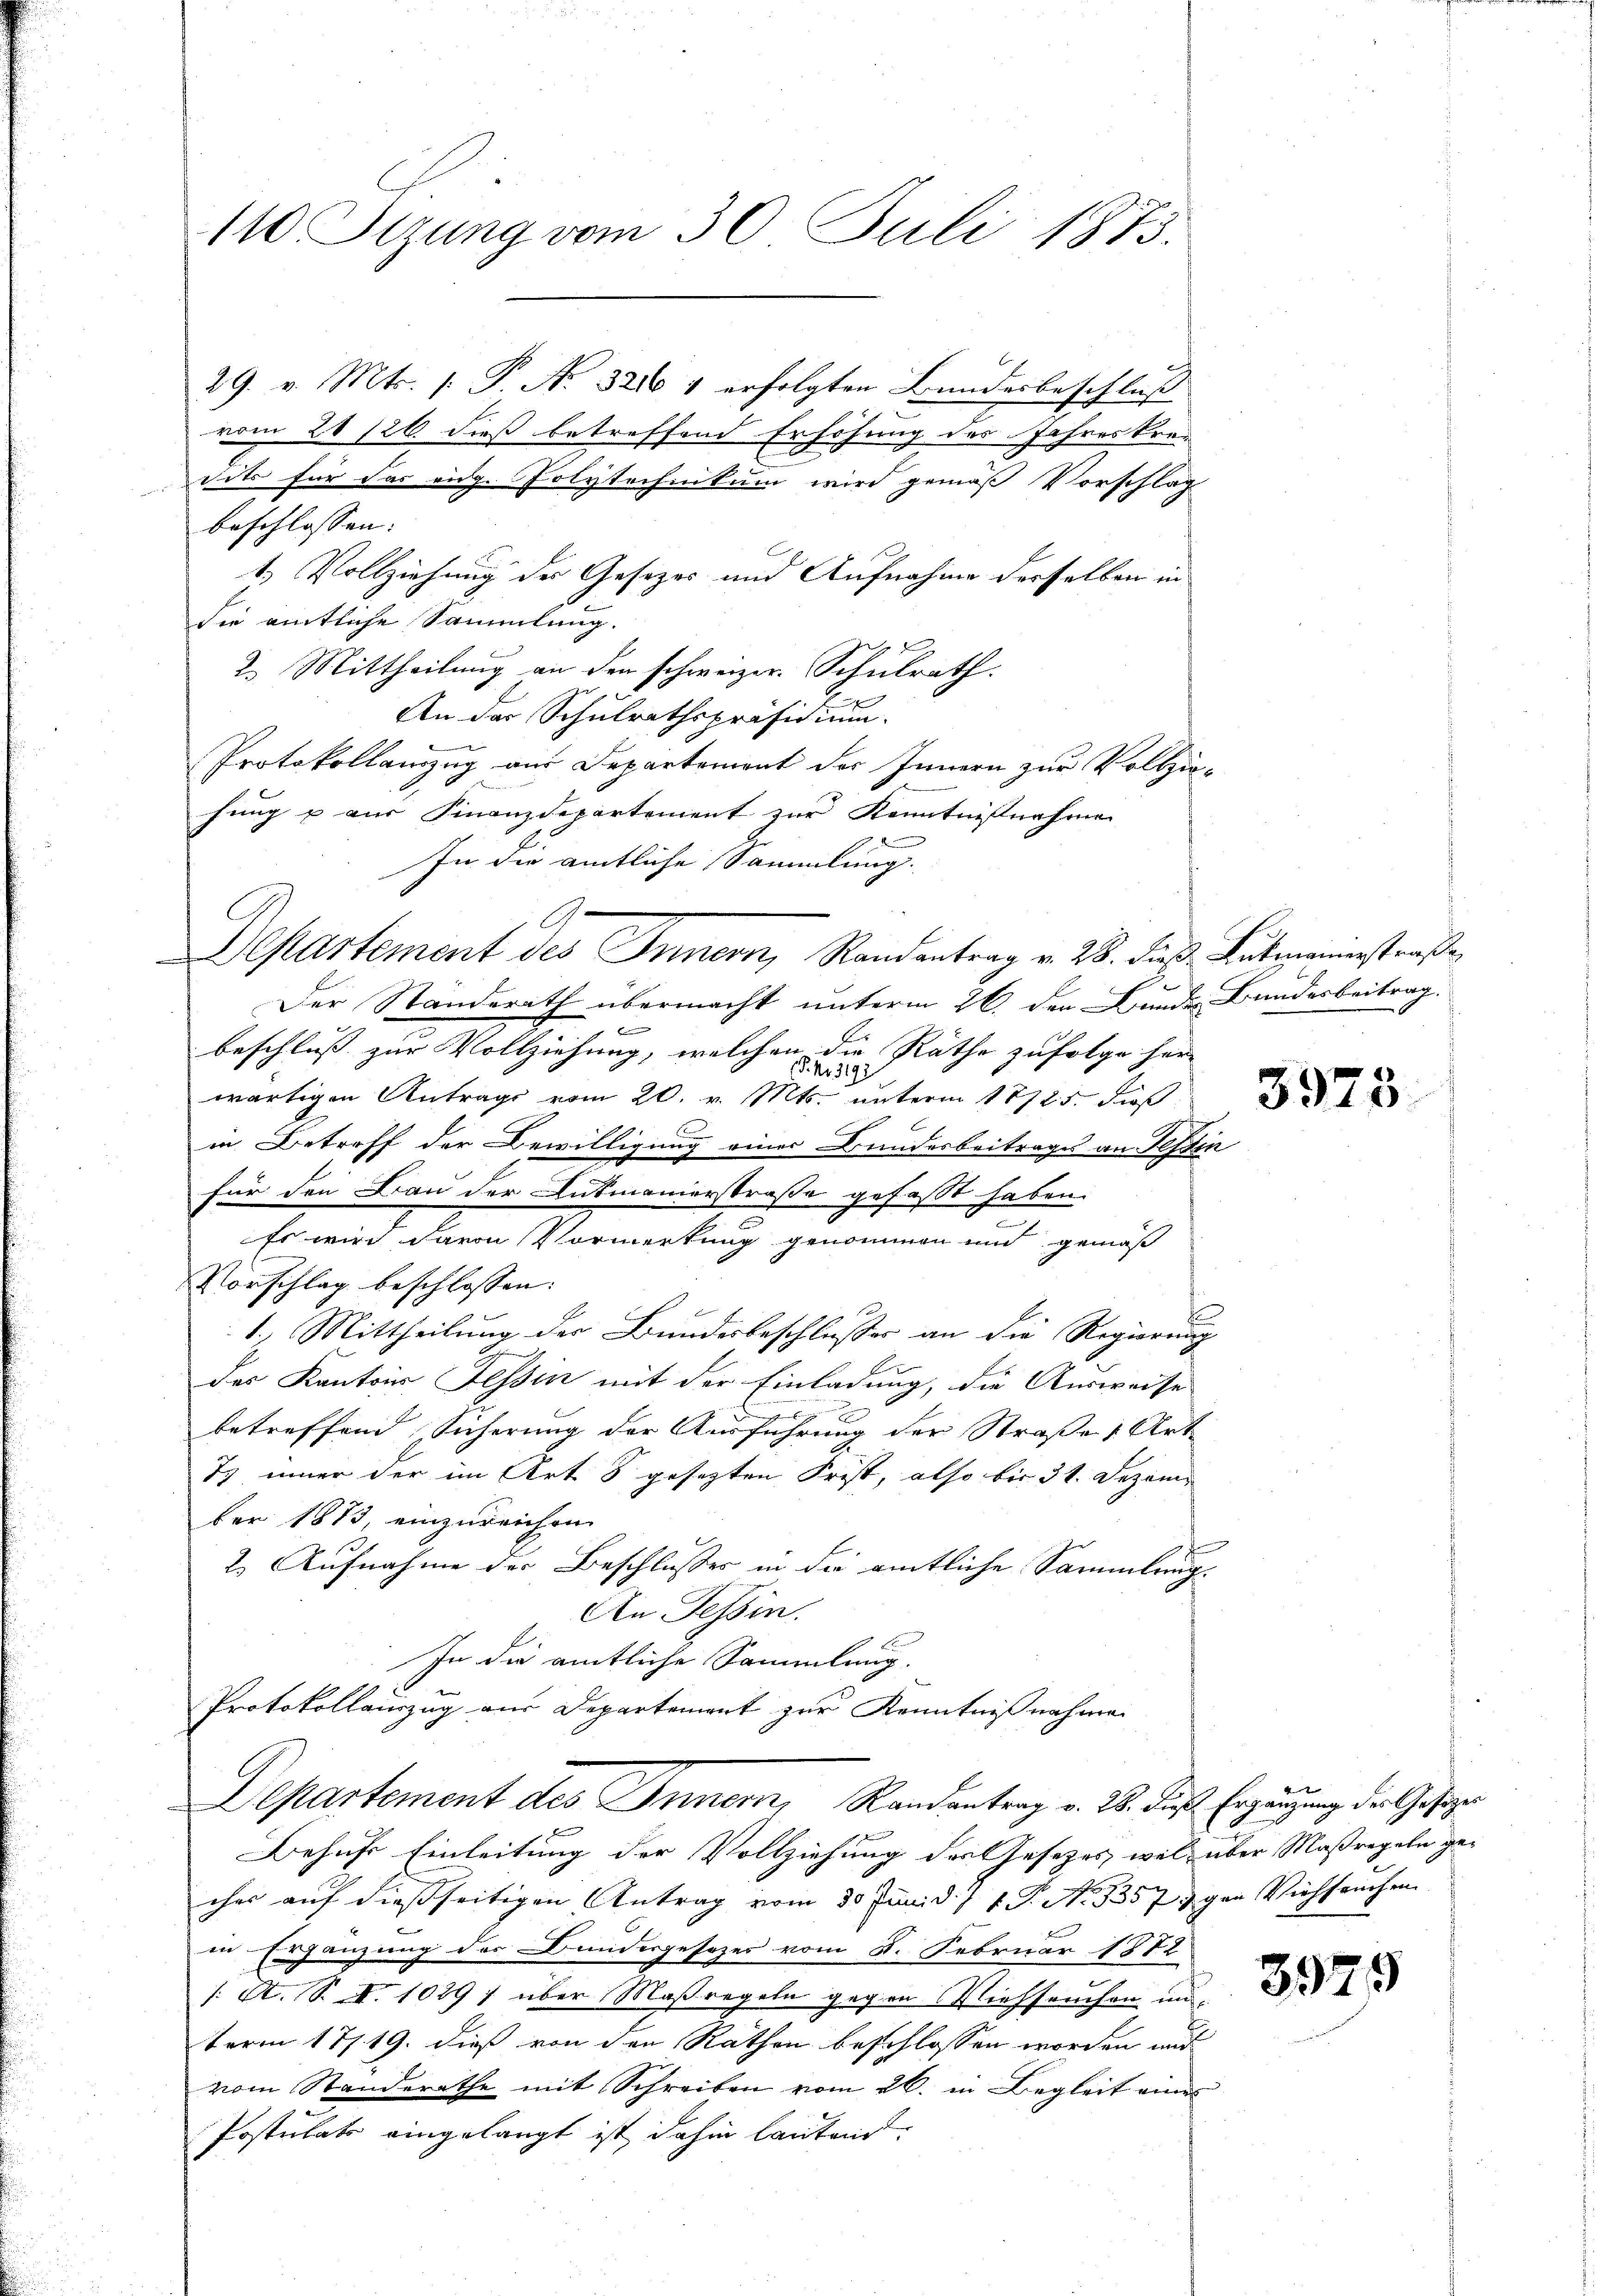
110 Tizung vom 30. Juli 1873.

29. v. Mts. 1. P. No. 321 1 erfolgten Bundesbeschluß
vom 21 126. dieß betreffend Erhöhung des Jahreskre-
dit für das eidg. Polytechnikum wird gemäß Vorschlag
beschlossen:
1.) Vollziehung der Gesezes und Aufnahme derselben in
die amtliche Sammlung.
2. Mittheilung an den schweizer-Schulrath:
An der Schulrathspräsidium.
Protokollauszug aus Departement des Innern zur Vollziehung u aus Finanzdepartement zur Kenntnisnehme
In die amtliche Sammlung.

Bestartement des Innern, Randantrag v. 28. dieß Lukmannerstraße
Der Standerath übermacht unterm 26. den Bunde Bundesbeitrag.
beschluß zur Vollziehung, welchen die Räthe zufolge her
P. Nr. 3192
wärtigen Antrags vom 20. v. Mts. unterm 18725. dieß
C
in Betreff der Bewilligung einer Bundesbeitrages an Tessin
für den Bau der Lutmanierstraße gefaßt haben.
Es wird davon Vormerkung genommen und gemäß
Vorschlag beschlossen:
1.) Mittheilung der Bundesbeschlusses an die Regierung
E
des Kantons Tessin mit der Einladung, die Ausweise
betreffend Sicherung der Ausführung der Straße 1 Art
7) inner der im Art 8 gesezten Frist, also bis 31. Dezember 1873, einzureichen
2. Aufnahme der Beschlusses in die amtliche Sammlungs
An Tessin.
In die amtliche Sammlung.
Protokollauszug aus Departement zur Kenntnißnahme
Departement des Innern, Randantrag v. 28. die Ergänzung der Gesetze
Behufs Einleitung der Vollziehung des Gesetzes, wel über Maßregeln gecher auf dießseitigen Antrag vom 30. Juni 1 1 T. N. 3357 & gen Viehseuchen
in Ergänzung des Bundesgesezes vom 8. Februar 1882
/A. S. I. 1089 f über Maßregeln gegen Viehseuchen unterm 17/19. dieß von den Räthen beschlossen worden und
vom Standerathe mit Schreiben vom 26. in Begleit eines
Postulats eingelangt ist dahin lautend

3975.

3979